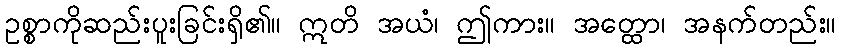
ဥစ္စာကိုဆည်းပူးခြင်းရှိ၏။ ဣတိ အယံ၊ ဤကား။ အတ္ထော၊ အနက်တည်း။